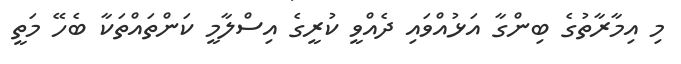
މި އިމާރާތުގެ ބިންގާ އަޅުއްވައި ދެއްވީ ކުރީގެ އިސްލާމީ ކަންތައްތަކާ ބެހޭ މަތީ